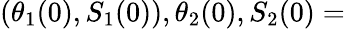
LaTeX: (\theta_{1}(0),S_{1}(0)),\theta_{2}(0),S_{2}(0)=